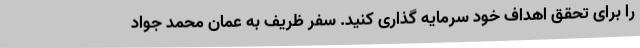
را برای تحقق اهداف خود سرمایه گذاری کنید. سفر ظریف به عمان محمد جواد